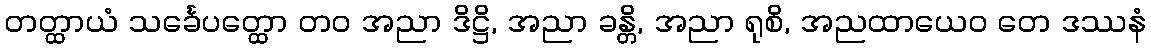
တတ္ထာယံ သင်္ခေပတ္ထော တဝ အညာ ဒိဋ္ဌိ, အညာ ခန္တိ, အညာ ရုစိ, အညထာယေဝ တေ ဒဿနံ